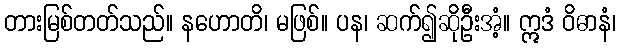
တားမြစ်တတ်သည်။ နဟောတိ၊ မဖြစ်။ ပန၊ ဆက်၍ဆိုဦးအံ့။ ဣဒံ ဝိဓာနံ၊